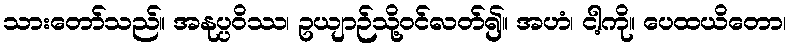
သားတော်သည်။ အနုပ္ပဝိဿ၊ ဥယျာဉ်သို့ဝင်လတ်၍။ အဟံ၊ ငါ့ကို။ ပေထယိတော၊